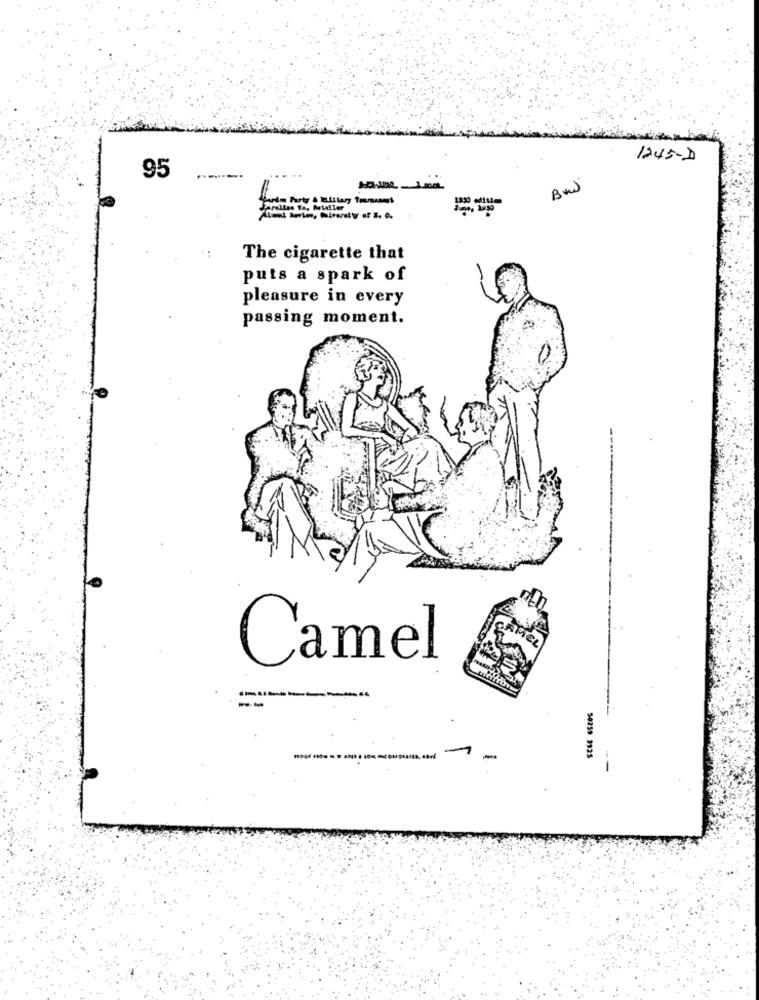
1245-D
95
Bus
===
The cigarette that
puts a spark of
pleasure in every
passing moment.
DANIEL
Camel
SEEE GSLOS